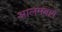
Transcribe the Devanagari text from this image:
आलमबाग़